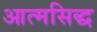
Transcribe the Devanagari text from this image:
आत्मसिद्ध